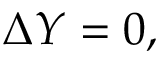
\Delta Y = 0 ,